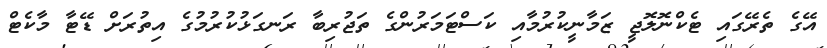
އޭގެ ތެރޭގައި ޓެކްނޮލޮޖީ ޒަމާނީކުރުމާއި ކަސްޓަމަރުންގެ ތަޖުރިބާ ރަނގަޅުކުރުމުގެ އިތުރަށް ޑޭޓާ މާކެޓް